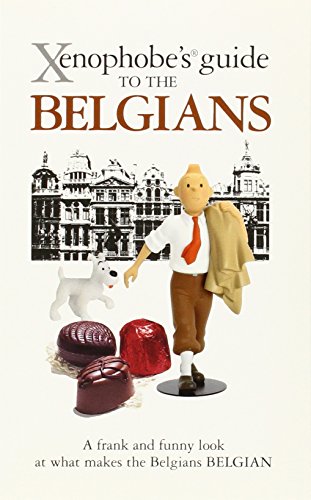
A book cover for Xenophobe's Guide to the Belgians; Antony Mason; Travel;